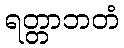
ရတ္တာဘတံ